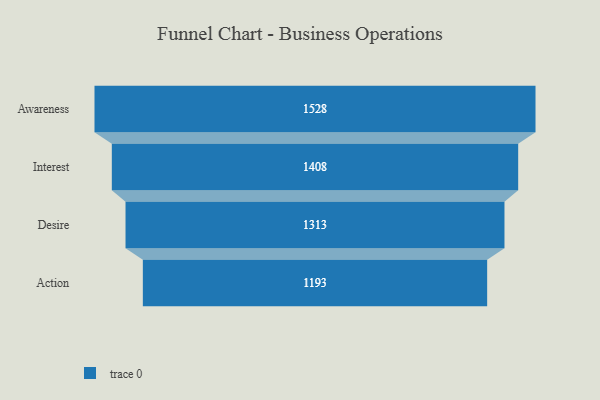
{"axis": {"x": "Stage", "y": "Value"}, "legend": [""], "data": [{"x": "Awareness", "y": 1528.0, "type": ""}, {"x": "Interest", "y": 1408.0, "type": ""}, {"x": "Desire", "y": 1313.0, "type": ""}, {"x": "Action", "y": 1193.0, "type": ""}]}